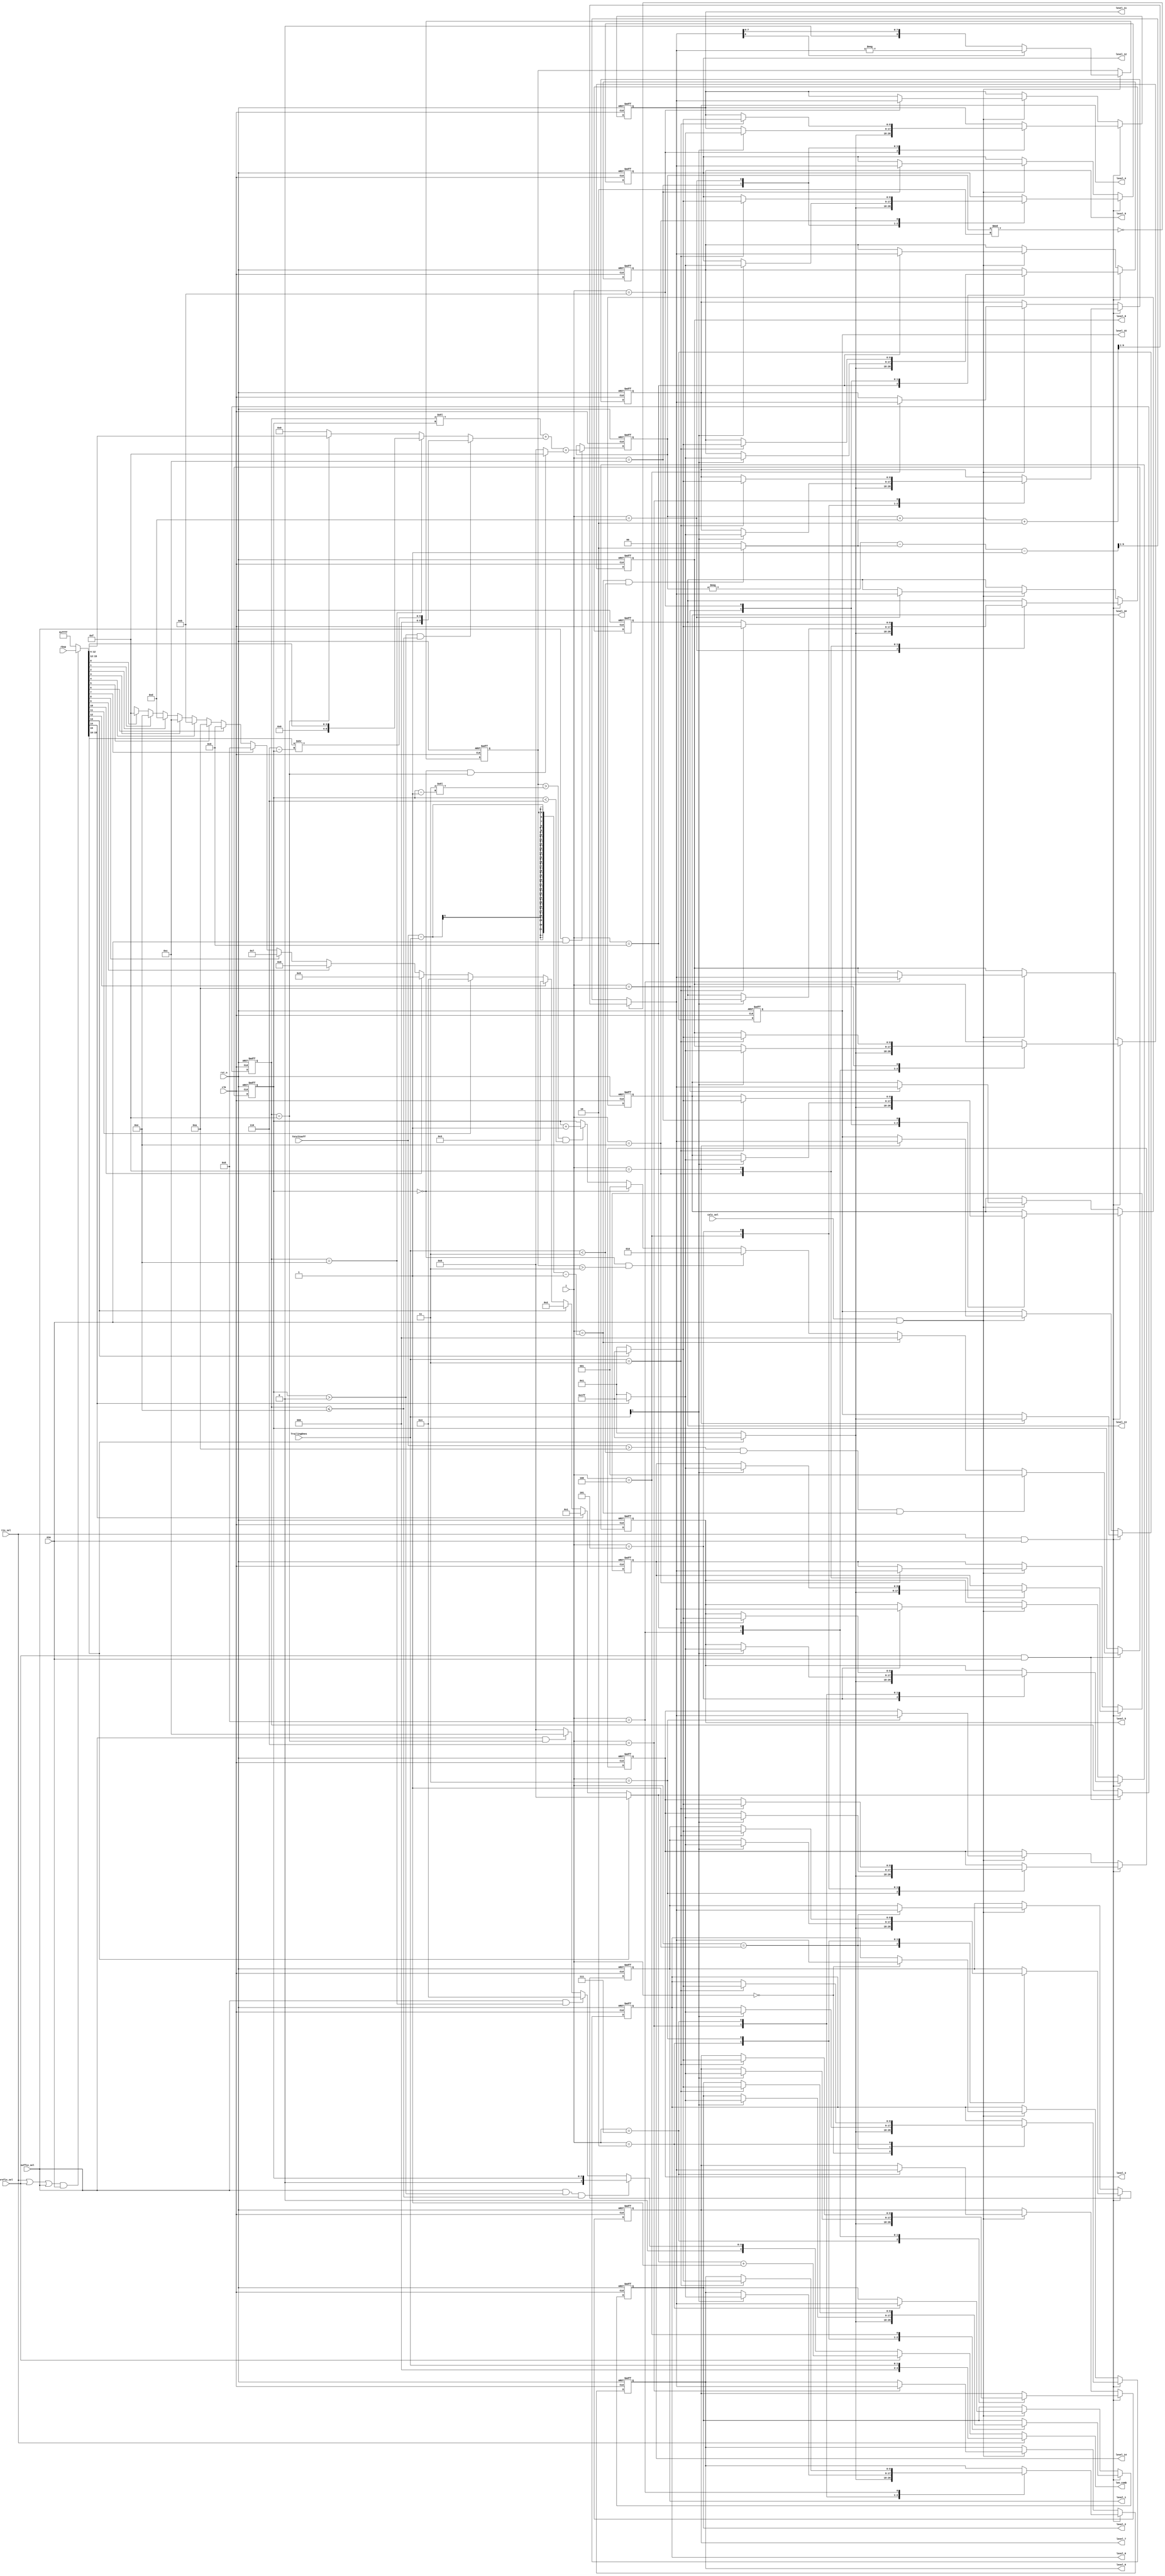
module cavlc_read_levels (
    clk,
    rst_n,
    ena,
    t1s_sel,
    prefix_sel,
    suffix_sel,
    calc_sel,
    TrailingOnes,
    TotalCoeff,
    rbsp,
    i,
    level_0,
    level_1,
    level_2,
    level_3,
    level_4,
    level_5,
    level_6,
    level_7,
    level_8,
    level_9,
    level_10,
    level_11,
    level_12,
    level_13,
    level_14,
    level_15,
    len_comb
);
//------------------------
// ports
//------------------------
input   clk;
input   rst_n;

input   ena;
input   t1s_sel;
input   prefix_sel;
input   suffix_sel;
input   calc_sel;

input   [1:0]   TrailingOnes;
input   [4:0]   TotalCoeff;
input   [0:15]  rbsp;
input   [3:0]   i;

output  [8:0]   level_0;
output  [8:0]   level_1;
output  [8:0]   level_2;
output  [8:0]   level_3;
output  [8:0]   level_4;
output  [8:0]   level_5;
output  [8:0]   level_6;
output  [8:0]   level_7;
output  [8:0]   level_8;
output  [8:0]   level_9;
output  [8:0]   level_10;
output  [8:0]   level_11;
output  [8:0]   level_12;
output  [8:0]   level_13;
output  [8:0]   level_14;
output  [8:0]   level_15;

output  [4:0]   len_comb;

//------------------------
//  regs
//------------------------
reg     [0:15]  rbsp_internal;        // reduce toggle rate
reg     [3:0]   level_prefix_comb;
reg     [8:0]   level_suffix;
reg     [4:0]   len_comb;

//------------------------
// FFs
//------------------------
reg     [3:0]   level_prefix;
reg     [2:0]   suffixLength;   // range from 0 to 6
reg     [8:0]   level;
reg     [8:0]   level_abs;
reg     [8:0]   level_code_tmp;
reg     [8:0]   level_0, level_1, level_2, level_3, level_4, level_5, level_6, level_7;
reg     [8:0]   level_8, level_9, level_10, level_11, level_12, level_13, level_14, level_15;

//------------------------
// level_prefix_comb
//------------------------
always @(*)
if ((t1s_sel || prefix_sel || suffix_sel)&& ena)
    rbsp_internal <= rbsp;
else
    rbsp_internal <= 'hffff;

always @(*)
if (rbsp_internal[0])         level_prefix_comb <= 0;
else if (rbsp_internal[1])    level_prefix_comb <= 1;
else if (rbsp_internal[2])    level_prefix_comb <= 2;
else if (rbsp_internal[3])    level_prefix_comb <= 3;
else if (rbsp_internal[4])    level_prefix_comb <= 4;
else if (rbsp_internal[5])    level_prefix_comb <= 5;
else if (rbsp_internal[6])    level_prefix_comb <= 6;
else if (rbsp_internal[7])    level_prefix_comb <= 7;
else if (rbsp_internal[8])    level_prefix_comb <= 8;
else if (rbsp_internal[9])    level_prefix_comb <= 9;
else if (rbsp_internal[10])   level_prefix_comb <= 10;
else if (rbsp_internal[11])   level_prefix_comb <= 11;
else if (rbsp_internal[12])   level_prefix_comb <= 12; 
else if (rbsp_internal[13])   level_prefix_comb <= 13; 
else if (rbsp_internal[14])   level_prefix_comb <= 14;
else if (rbsp_internal[15])   level_prefix_comb <= 15;
else                          level_prefix_comb <= 'bx;
    

//------------------------
// level_prefix
//------------------------
always @(posedge clk or negedge rst_n)
if (!rst_n)
    level_prefix <= 0;
else if (prefix_sel && ena)
    level_prefix <= level_prefix_comb;

//------------------------
// suffixLength
//------------------------
wire first_level;
assign first_level = (i == TotalCoeff - TrailingOnes - 1);

always @(posedge clk or negedge rst_n)
if (!rst_n)
    suffixLength <= 0;
else if (prefix_sel && ena) begin
    if (TotalCoeff > 10 && TrailingOnes < 3 && first_level )  //initialize suffixLength before proceeding first level_suffix
        suffixLength <= 1;
    else if (first_level)
        suffixLength <= 0;
    else if (suffixLength == 0 && level_abs > 2'd3)
        suffixLength <= 2;
    else if (suffixLength == 0)
        suffixLength <= 1;
    else if (  level_abs > (2'd3 << (suffixLength - 1'b1) ) && suffixLength < 6)
        suffixLength <= suffixLength + 1'b1;
end


//------------------------
// level_suffix
//------------------------
always @(*)
if (suffixLength > 0 && level_prefix <= 14) 
    level_suffix <= {3'b0, rbsp_internal[0:5] >> (3'd6 - suffixLength)};
else if (level_prefix == 14)   //level_prefix == 14 && suffixLength == 0
    level_suffix <= {3'b0, rbsp_internal[0:3] };
else if (level_prefix == 15) 
    level_suffix <= rbsp_internal[3:11];     
else 
    level_suffix <= 0;      

//------------------------
// level_code_tmp
//------------------------
always @(posedge clk or negedge rst_n)
if (!rst_n) begin
    level_code_tmp <=  0;
end
else if (suffix_sel && ena) begin
    level_code_tmp <= (level_prefix << suffixLength) + level_suffix + 
    ((suffixLength == 0 && level_prefix == 15) ? 4'd15 : 0);
end


//------------------------
// level
//------------------------
wire    [2:0]   tmp1;

assign tmp1 = (first_level && TrailingOnes < 3)? 2'd2 : 2'd0;

always @(*)
begin
    if (level_code_tmp % 2 == 0) begin
        level <= ( level_code_tmp + tmp1 + 2 ) >> 1;
    end
    else begin
        level <= (-level_code_tmp - tmp1 - 1 ) >> 1;
    end
end

//------------------------
// level_abs
//------------------------
wire level_abs_refresh;
assign level_abs_refresh = calc_sel && ena;

always @(posedge clk or negedge rst_n)
if (!rst_n) begin
    level_abs <= 0;
end
else if (level_abs_refresh) begin
    level_abs <= level[8] ? -level : level;
end

//------------------------
// level regfile
//------------------------
always @ (posedge clk or negedge rst_n)
if (!rst_n) begin
    level_0 <= 0;   level_1 <= 0;   level_2 <= 0;   level_3 <= 0;
    level_4 <= 0;   level_5 <= 0;   level_6 <= 0;   level_7 <= 0;
    level_8 <= 0;   level_9 <= 0;   level_10<= 0;   level_11<= 0;
    level_12<= 0;   level_13<= 0;   level_14<= 0;   level_15<= 0;
end
else if (t1s_sel && ena)
    case (i)
    0 : level_0 <= rbsp_internal[0]? -1 : 1;
    1 : begin
            level_1 <= rbsp_internal[0]? -1 : 1;
            if (TrailingOnes[1])
                level_0 <= rbsp_internal[1]? -1 : 1;
        end
    2 : begin
            level_2 <= rbsp_internal[0]? -1 : 1;
            if (TrailingOnes[1])
                level_1 <= rbsp_internal[1]? -1 : 1;
            if (TrailingOnes == 3)
                level_0 <= rbsp_internal[2]? -1 : 1;
        end         
    3 : begin
            level_3 <= rbsp_internal[0]? -1 : 1;
            if (TrailingOnes[1])
                level_2 <= rbsp_internal[1]? -1 : 1;
            if (TrailingOnes == 3)
                level_1 <= rbsp_internal[2]? -1 : 1;
        end 
    4 : begin
            level_4 <= rbsp_internal[0]? -1 : 1;
            if (TrailingOnes[1])
                level_3 <= rbsp_internal[1]? -1 : 1;
            if (TrailingOnes == 3)
                level_2 <= rbsp_internal[2]? -1 : 1;
        end 
    5 : begin
            level_5 <= rbsp_internal[0]? -1 : 1;
            if (TrailingOnes[1])
                level_4 <= rbsp_internal[1]? -1 : 1;
            if (TrailingOnes == 3)
                level_3 <= rbsp_internal[2]? -1 : 1;
        end 
    6 : begin
            level_6 <= rbsp_internal[0]? -1 : 1;
            if (TrailingOnes[1])
                level_5 <= rbsp_internal[1]? -1 : 1;
            if (TrailingOnes == 3)
                level_4 <= rbsp_internal[2]? -1 : 1;
        end 
    7 : begin
            level_7 <= rbsp_internal[0]? -1 : 1;
            if (TrailingOnes[1])
                level_6 <= rbsp_internal[1]? -1 : 1;
            if (TrailingOnes == 3)
                level_5 <= rbsp_internal[2]? -1 : 1;
        end 
    8 : begin
            level_8 <= rbsp_internal[0]? -1 : 1;
            if (TrailingOnes[1])
                level_7 <= rbsp_internal[1]? -1 : 1;
            if (TrailingOnes == 3)
                level_6 <= rbsp_internal[2]? -1 : 1;
        end 
    9 : begin
            level_9 <= rbsp_internal[0]? -1 : 1;
            if (TrailingOnes[1])
                level_8 <= rbsp_internal[1]? -1 : 1;
            if (TrailingOnes == 3)
                level_7 <= rbsp_internal[2]? -1 : 1;
        end 
    10: begin
            level_10 <= rbsp_internal[0]? -1 : 1;
            if (TrailingOnes[1])
                level_9 <= rbsp_internal[1]? -1 : 1;
            if (TrailingOnes == 3)
                level_8 <= rbsp_internal[2]? -1 : 1;
        end 
    11: begin
            level_11 <= rbsp_internal[0]? -1 : 1;
            if (TrailingOnes[1])
                level_10 <= rbsp_internal[1]? -1 : 1;
            if (TrailingOnes == 3)
                level_9 <= rbsp_internal[2]? -1 : 1;
        end 
    12: begin
            level_12 <= rbsp_internal[0]? -1 : 1;
            if (TrailingOnes[1])
                level_11 <= rbsp_internal[1]? -1 : 1;
            if (TrailingOnes == 3)
                level_10 <= rbsp_internal[2]? -1 : 1;
        end 
    13: begin
            level_13 <= rbsp_internal[0]? -1 : 1;
            if (TrailingOnes[1])
                level_12 <= rbsp_internal[1]? -1 : 1;
            if (TrailingOnes == 3)
                level_11 <= rbsp_internal[2]? -1 : 1;
        end 
    14: begin
            level_14 <= rbsp_internal[0]? -1 : 1;
            if (TrailingOnes[1])
                level_13 <= rbsp_internal[1]? -1 : 1;
            if (TrailingOnes == 3)
                level_12 <= rbsp_internal[2]? -1 : 1;
        end 
    15: begin
            level_15 <= rbsp_internal[0]? -1 : 1;
            if (TrailingOnes[1])
                level_14 <= rbsp_internal[1]? -1 : 1;
            if (TrailingOnes == 3)
                level_13 <= rbsp_internal[2]? -1 : 1;
        end 
endcase
else if (calc_sel && ena)
case (i)
    0 :level_0 <= level;
    1 :level_1 <= level;
    2 :level_2 <= level;
    3 :level_3 <= level;
    4 :level_4 <= level;
    5 :level_5 <= level;
    6 :level_6 <= level;
    7 :level_7 <= level;
    8 :level_8 <= level;
    9 :level_9 <= level;
    10:level_10<= level;
    11:level_11<= level;
    12:level_12<= level;
    13:level_13<= level;
    14:level_14<= level;
    15:level_15<= level;
endcase

always @(*)
if(t1s_sel)
    len_comb <= TrailingOnes;
else if(prefix_sel)
    len_comb <= level_prefix_comb + 1;
else if(suffix_sel && suffixLength > 0 && level_prefix <= 14)
    len_comb <= suffixLength;  
else if(suffix_sel && level_prefix == 14)
    len_comb <= 4;
else if(suffix_sel && level_prefix == 15)
    len_comb <= 12;
else
    len_comb <= 0;        

endmodule